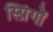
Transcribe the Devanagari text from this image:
स्प्रिंगों